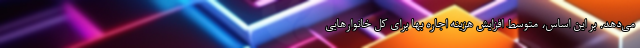
می‌دهد. بر این اساس، متوسط افزایش هزینه اجاره بها برای کل خانوارهایی